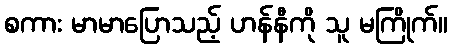
စကား မာမာပြောသည့် ဟန်နီကို သူ မကြိုက်။